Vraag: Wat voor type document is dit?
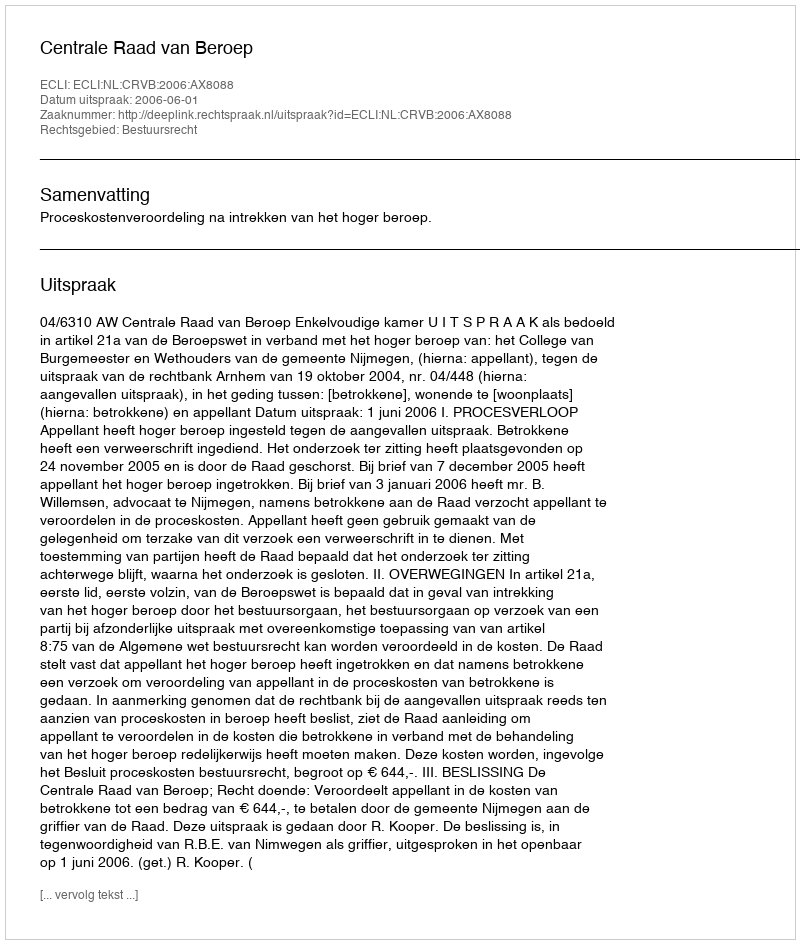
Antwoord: Uitspraak